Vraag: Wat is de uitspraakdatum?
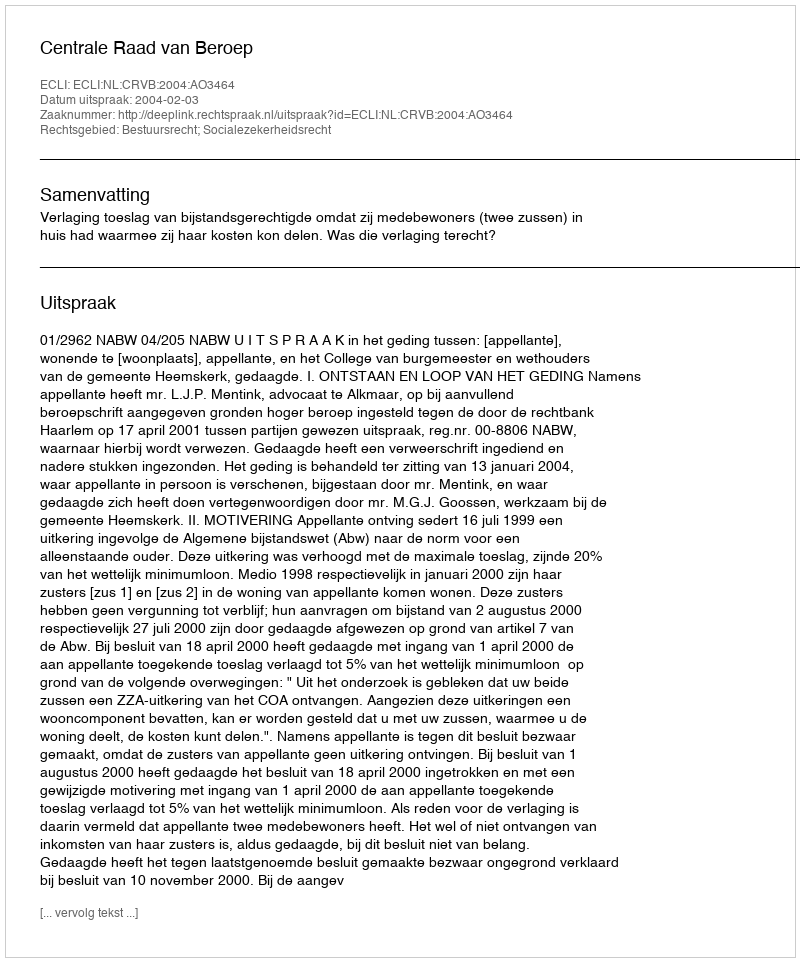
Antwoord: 2004-02-03